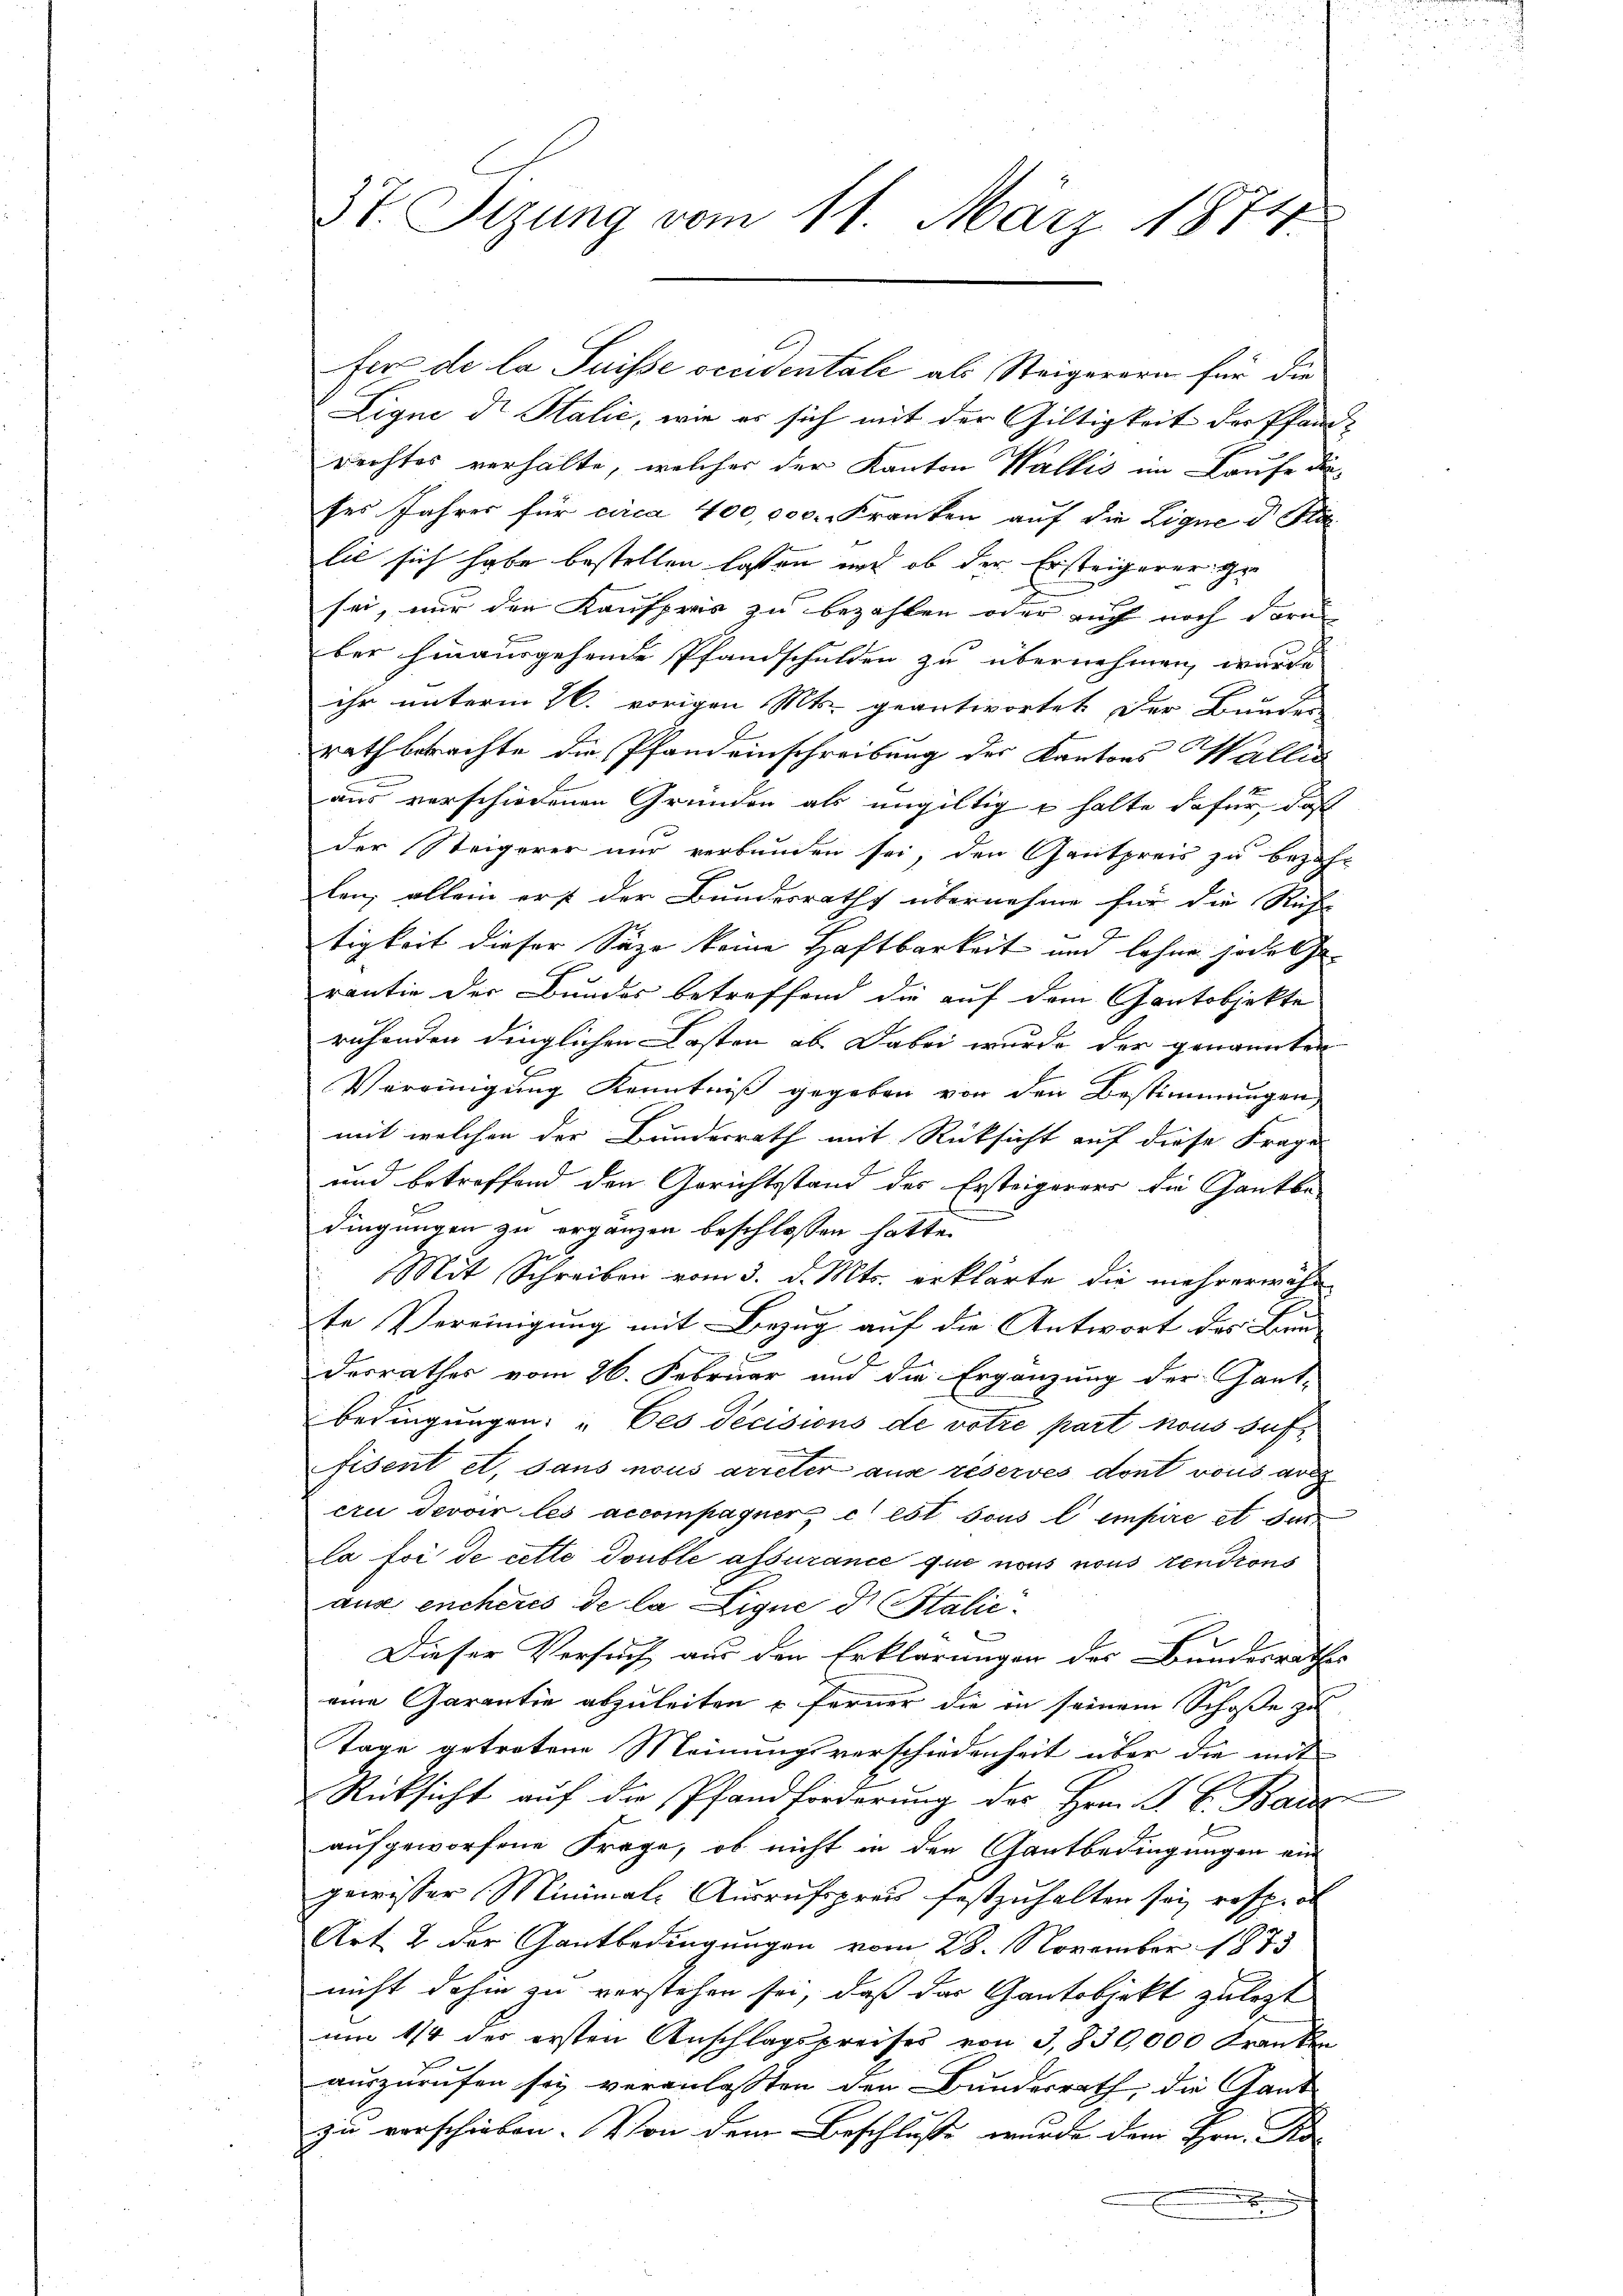
37 Sizung vom 11. März 1874.

Ligne de Stalić, wie es sich mit der Gültigkeit der Pfandrechtes verhalte, welcher der Kanton Wallis im Laufe dieses Jahres für circa 400,000. Franken auf die Ligne d Sti
lie sich habe bestellen lassen und ob der Ersteigerer ge
sei, nur den Kaufpreis zu bezahlen oder auch noch darn
ber hinausgehende Pfandschulden zu übernehmen, wurde
ihr unterm 26. vorigen Mts. geantwortet der Bunden
rath betrachte die Pfandeinschreibung des Kantons Wallis
aus verschiedenen Gründen als ungültig u halte dafür, daß
der Steigerer nur verbunden sei, den Gantpreis zu bezah-
len, allein erst der Bundesraths übernehme für die Rich-
tigkeit dieser Säge keine Haftbarkeit und lehne sodasse
rantie der Bundes betreffend die auf dem Gantobjekte
ruhenden dinglichen Lasten ab. Dabei wurde der genannten
Vereinigung Kenntniß gegeben von den Bestimmungen
mit welchen der Bundesrath mit Rücksicht auf diese Frage
und betreffend den Gerichtsstand des Ersteigerers die Gantbedingungen zu ergänzen beschlossen hatte.
Mit Schreiben vom 3. d. Mts. erklärte die mehrerwähn
te Vereinigung mit Bezug auf die Antwort des Bun-
desrathes vom 26. Februar und die Ergänzung der Gant-
bedingungen: „Ces Decisions de votie part nous suf
fisent et, dans nous arreter aus réservés dont vous ar
cru devoir les accompagner, c est sous l’empire et sin
la foi de cette Double assurance que nous nous rendions
aus encheres de la Ligne dr Italić
Dieser Versuch aus den Erklärungen der Bundesraths
eine Garantie abzuleiten u ferner die in seinem Schoße zu
Tage getretene Meinungsverschiedenheit über die mit
Rücksicht auf die Pfandforderung des Hrn. F. C. Bau
aufgeworfene Frage, ob nicht in den Gantbedingungen ein
gewisser Minimale Ausrufspreis festzuhalten sei resp. ob
Art. 2 der Gantbedingungen vom 28. November 1873
nicht dahin zu verstehen sei, daß das Gantobjekt zulezt
um 1/4 des ersten Anschlagspreises von 3,830,000 Franken
auszurufen sei veranlassten den Bundesrath, die Gant
zu verschieben. Von dem Beschlusse wurde dem Hrn. Ro-

fer de la Suisse occidentale als Steigerern für die